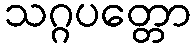
သဂ္ဂပတ္တော